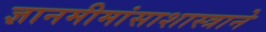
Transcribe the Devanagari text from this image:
ज्ञानमीमांसाशास्त्राने